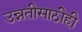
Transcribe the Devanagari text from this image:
उन्नतीसाठीही